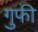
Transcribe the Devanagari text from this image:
गुफी